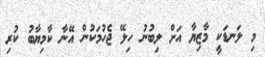
މި ލަނޑަކީ މާޒިޔާ އަށް ލިބުނު ހިލޭ ޖެހުމަކުން އޭނާ ކާމިޔާބު ކުރި